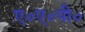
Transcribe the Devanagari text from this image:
ए०ए०पी०